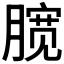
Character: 𣎑